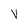
Character: V